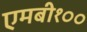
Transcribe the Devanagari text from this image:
एमबी१००